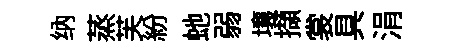
纳蒸芙紛虵弱壤擷裳具涓